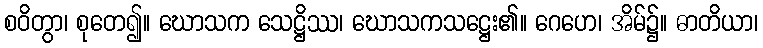
စဝိတွာ၊ စုတေ၍။ ဃောသက သေဋ္ဌိဿ၊ ဃောသကသဋ္ဌေး၏။ ဂေဟေ၊ အိမ်၌။ ဓာတိယာ၊